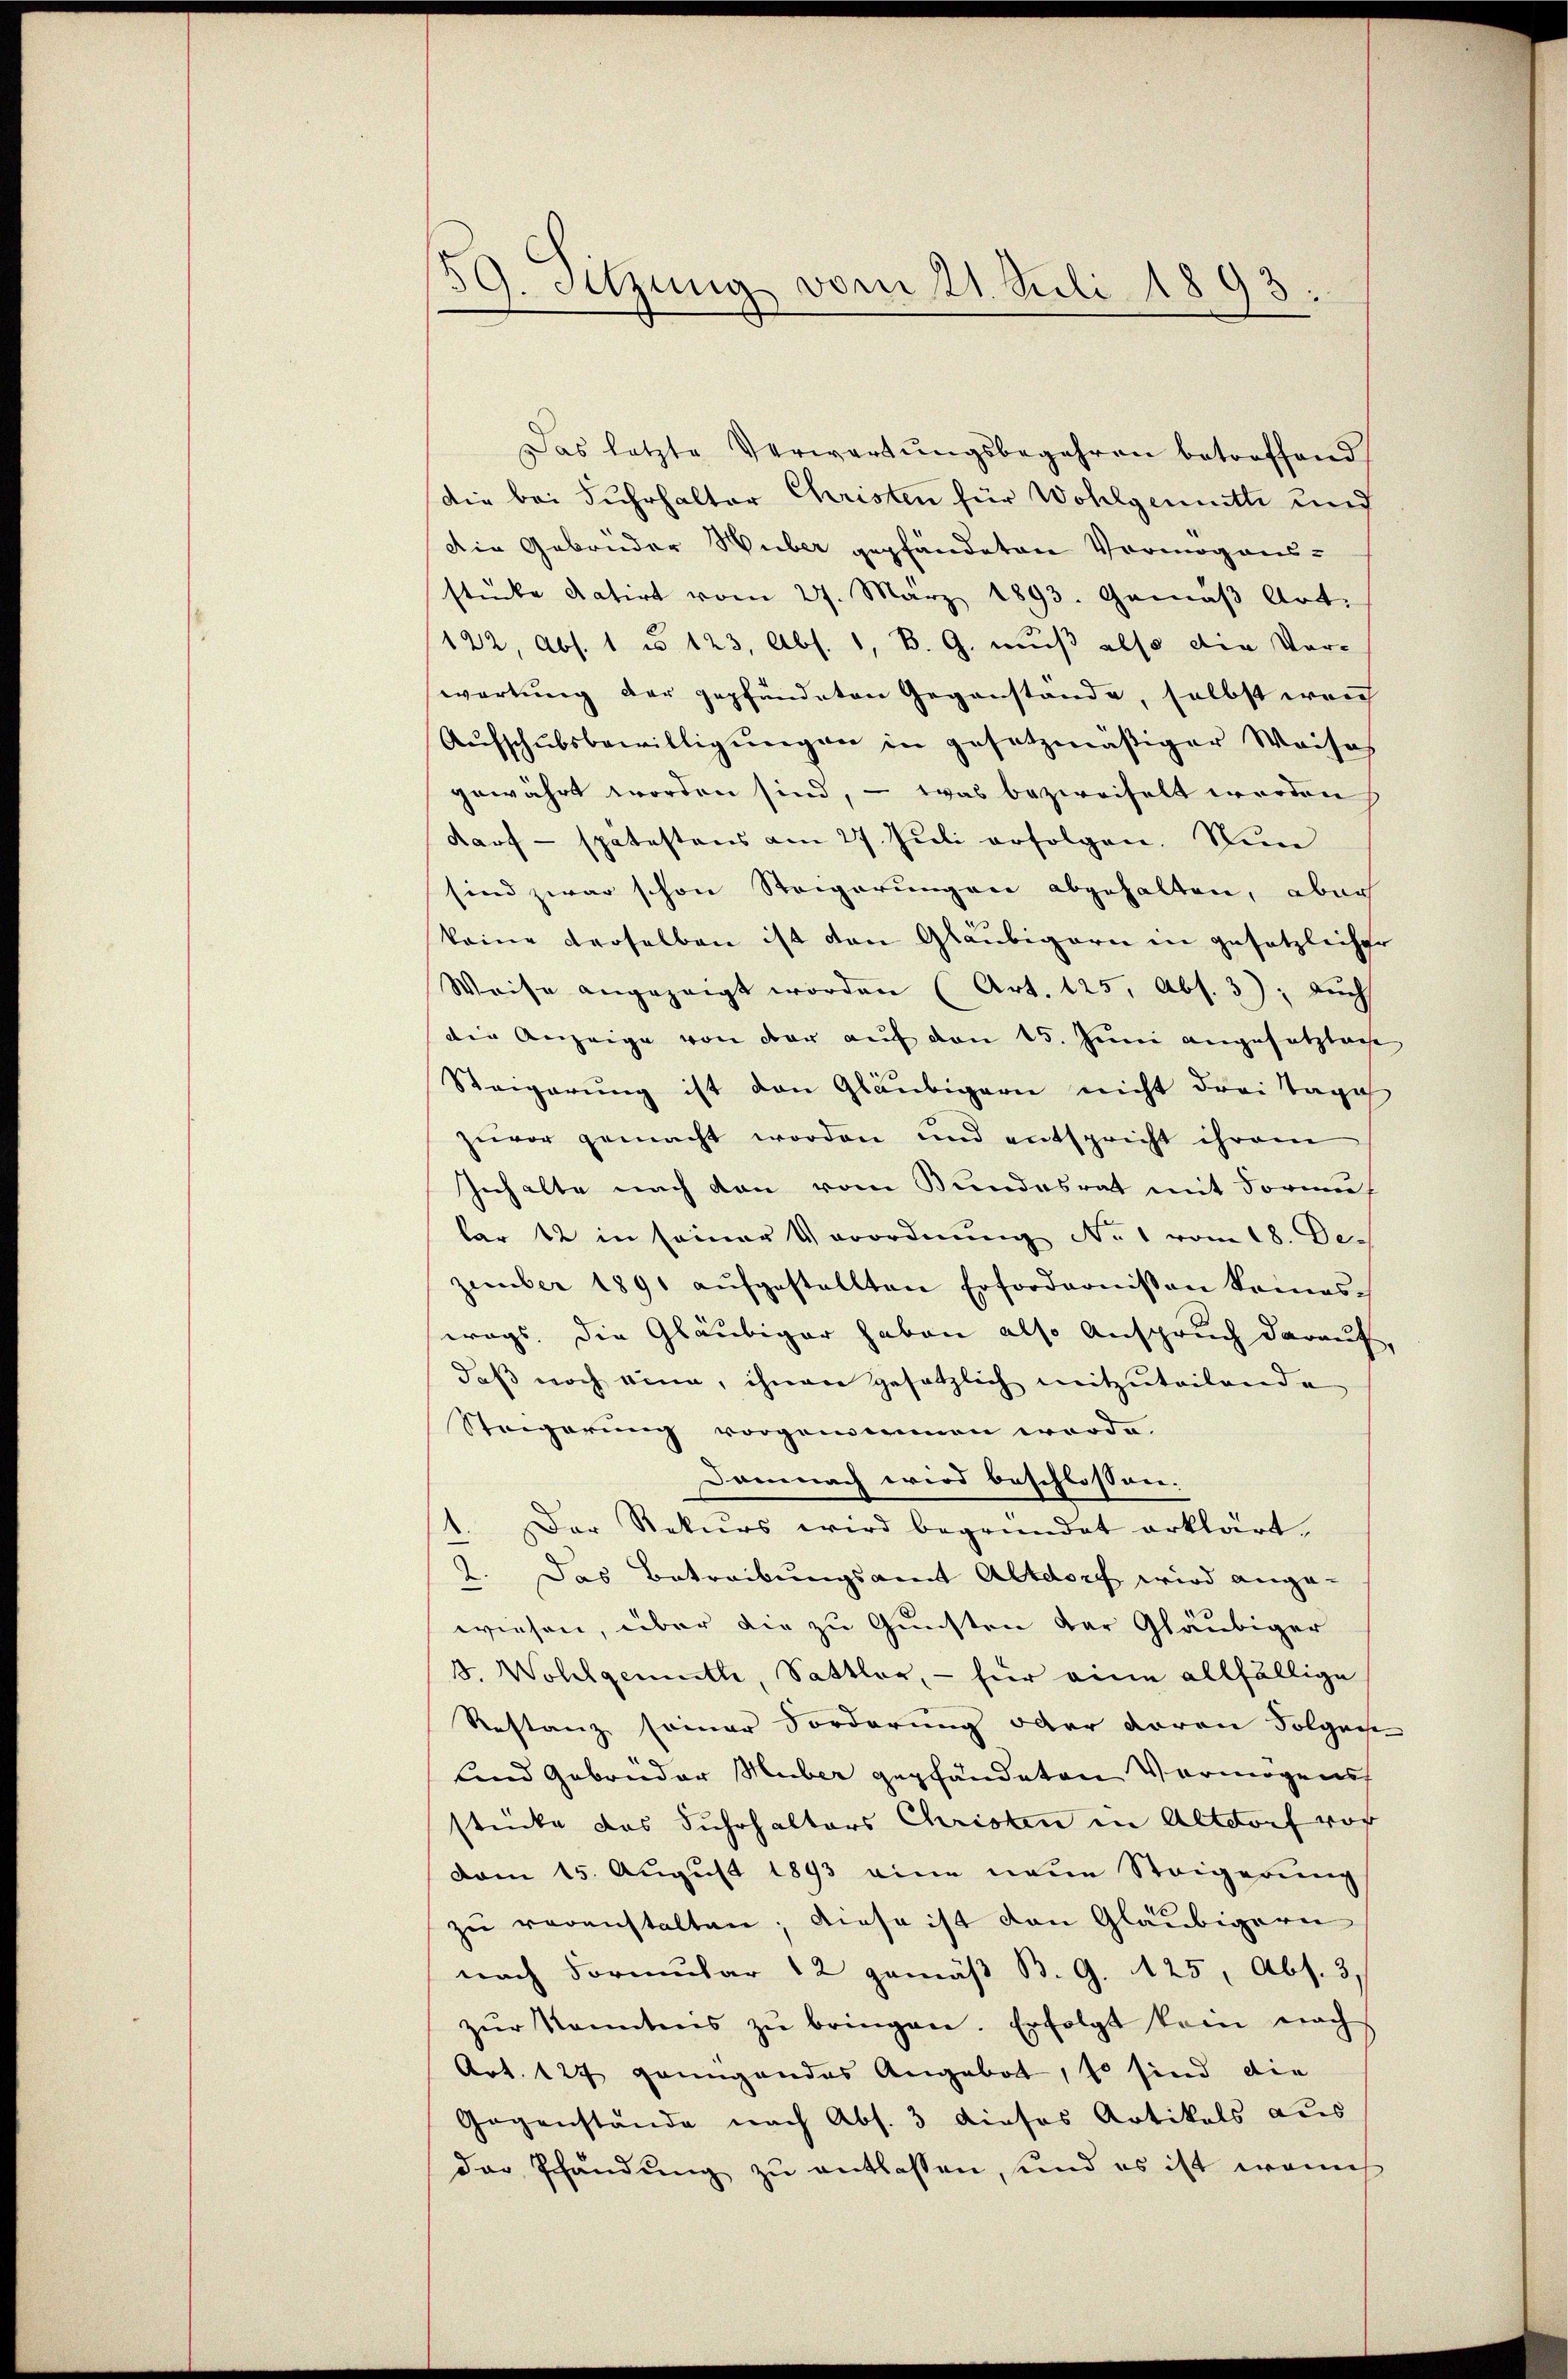
59. Sitzung vom 21. Juli 1893.

Das letzte Verwartŭngsbegehren betroffend
Die bei Fuhrhalter Christen für Wohlgemuth und
Die Gebrüder Huber gepfändeten Vermögensstücke datirt vom 27. März 1893. Gemäβ Art.
122, Abs. 1 u 123, Abs. 1, B. G. muß also die Vor-
wartung der gepfändeten Gegenstände, selbst weich
Aufschubsbewilligungen in gesetzmäßiger Weises
gewährt worden sind, – was bezweifelt werden
darf - spätestens am 27. Jŭli erfolgen. Nun
sind zwar schon Steigerungen abgehalten, aber
keine derselben ist den Gläubigern in gesetzlicher
Weise angezeigt worden (Art. 125, Abs. 3); auch
der Anzeige von der auf den 15. Juni angesetzliche
Steigerung ist den Gläubigern nicht drei Tages
zuvor gemacht worden und entspricht ihrem
Inhalte nach den vom Bundesrat mit Formular 12 in seiner Verordnung No 1 vom 18. De-
zember 1891 aŭfgestellten Erfordernißen keines-
wegs. Die Gläubiger haben also Anspruch darauf,
daß noch eine, ihnen gesetzlich mitzuteilende
Steigerung vorgenommen werde.
Demnach wird beschlossen.
1. Der Rekurs wird begründet erklärt.
2. Das Betreibungsamt Altdorf wird ange-
wiesen, über die zu Gunsten der Gläubiger
3. Wohlgemuth, Sattler, - für eine allfällige
Restanz seiner Forderung oder daran Folgache
und Gebrüder Huber gepfändeten Vermögens
stücke das Fuhrhalters Christen in Altdorf vor
vom 15. August 1893 eine neue Steigerung
zŭ veranstalten; diese ist den Gläubigern
nach Formular 12 gemäß B. G. 125, Abs. 3,
zŭr kanntens zŭ bringen. Erfolgt kein nach
Art. 127 genügendes Angebot, so sind die
Gegenstände nach Abs. 3 dieses Artikels aus
der Pfändung zu entlassen, und es ist wenn